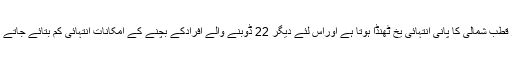
بحر قطب شمالی کا پانی انتہائی یخ ٹھنڈا ہوتا ہے اوراس لئے دیگر 22 ڈوبنے والے افرادکے بچنے کے امکانات انتہائی کم بتائے جاتے ہیں۔